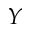
Y